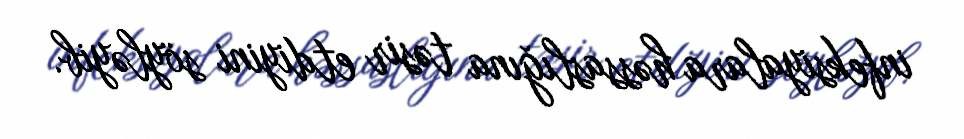
infeksiyalara həssaslığına təsir etdiyini söyləyib.